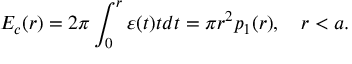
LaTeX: E _ { c } ( r ) = 2 \pi \int _ { 0 } ^ { r } { \varepsilon ( t ) t d t } = \pi r ^ { 2 } p _ { 1 } ( r ) , \quad r < a .